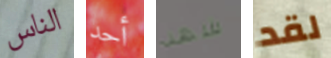
الناس أحد شهد لقد